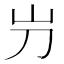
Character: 屶